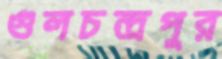
গুলচন্দ্রপুর